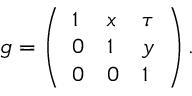
g = \left( \begin{array} { l l l } { { 1 } } & { { x } } & { { \tau } } \\ { { 0 } } & { { 1 } } & { { y } } \\ { { 0 } } & { { 0 } } & { { 1 } } \end{array} \right) .